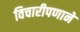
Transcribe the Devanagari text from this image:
विचारीपणाने